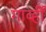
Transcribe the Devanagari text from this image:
गार्व्ही